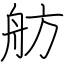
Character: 舫